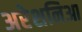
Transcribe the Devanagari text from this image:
अरेशनिआ